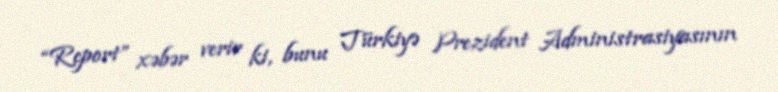
“Report” xəbər verir ki, bunu Türkiyə Prezident Administrasiyasının